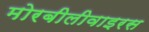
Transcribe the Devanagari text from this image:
मोरबीलीवाइरस